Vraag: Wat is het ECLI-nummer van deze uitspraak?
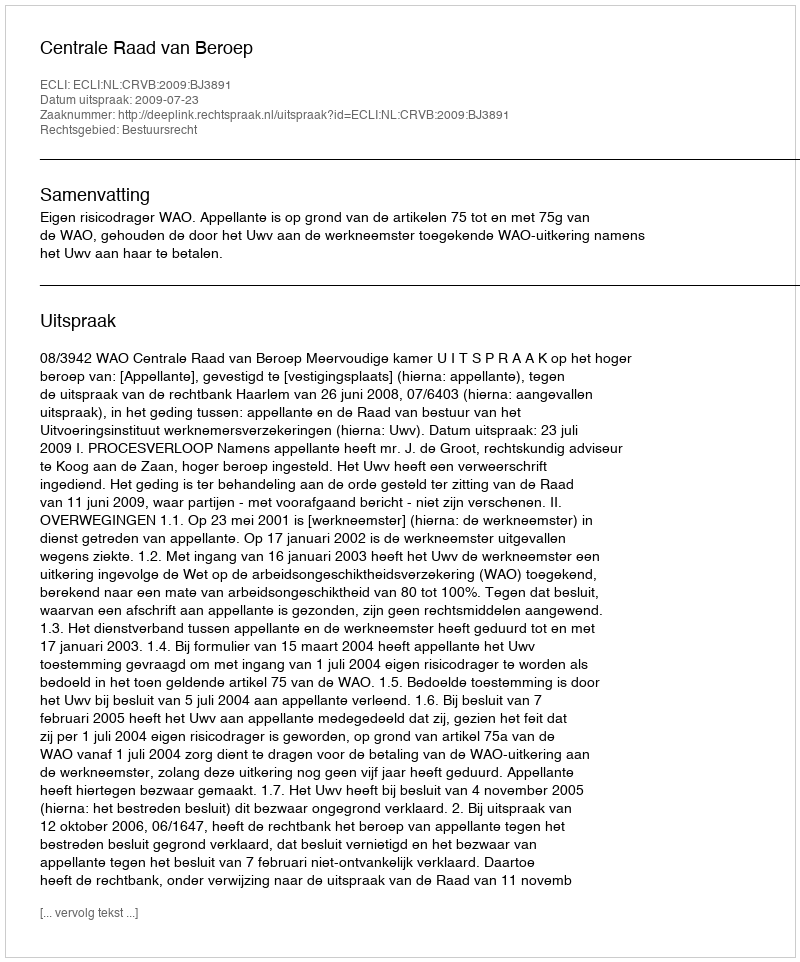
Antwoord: ECLI:NL:CRVB:2009:BJ3891